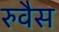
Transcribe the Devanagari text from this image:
रुवैस